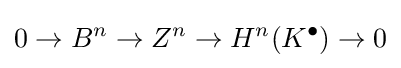
0\to B^{n}\to Z^{n}\to H^{n}(K^{\bullet })\to 0